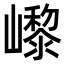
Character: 㠟